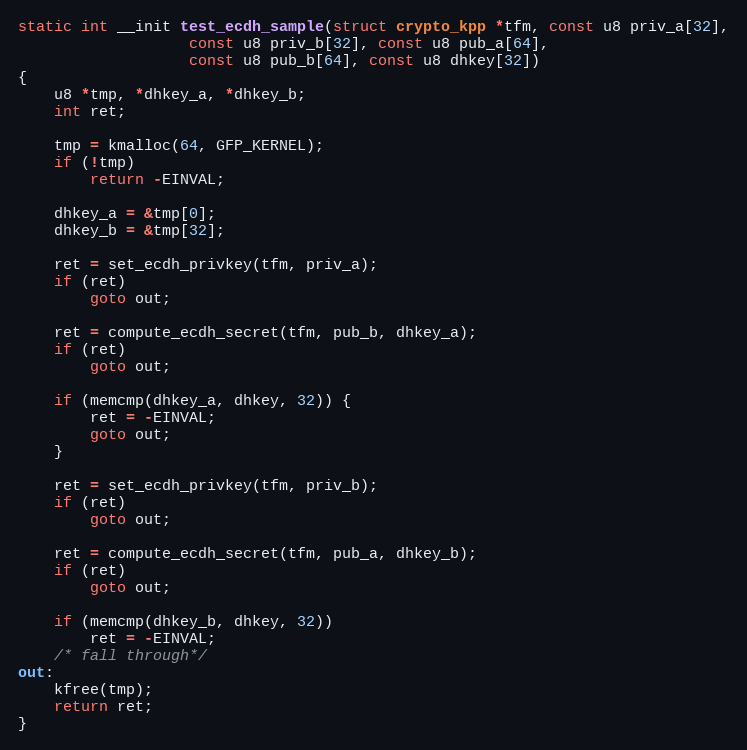
Language: C
static int __init test_ecdh_sample(struct crypto_kpp *tfm, const u8 priv_a[32],
				   const u8 priv_b[32], const u8 pub_a[64],
				   const u8 pub_b[64], const u8 dhkey[32])
{
	u8 *tmp, *dhkey_a, *dhkey_b;
	int ret;

	tmp = kmalloc(64, GFP_KERNEL);
	if (!tmp)
		return -EINVAL;

	dhkey_a = &tmp[0];
	dhkey_b = &tmp[32];

	ret = set_ecdh_privkey(tfm, priv_a);
	if (ret)
		goto out;

	ret = compute_ecdh_secret(tfm, pub_b, dhkey_a);
	if (ret)
		goto out;

	if (memcmp(dhkey_a, dhkey, 32)) {
		ret = -EINVAL;
		goto out;
	}

	ret = set_ecdh_privkey(tfm, priv_b);
	if (ret)
		goto out;

	ret = compute_ecdh_secret(tfm, pub_a, dhkey_b);
	if (ret)
		goto out;

	if (memcmp(dhkey_b, dhkey, 32))
		ret = -EINVAL;
	/* fall through*/
out:
	kfree(tmp);
	return ret;
}